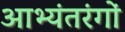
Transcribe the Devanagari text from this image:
आभ्यंतरंगों